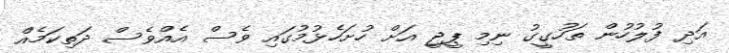
އަދި ފުލުހުން ތަހުގީގު ނިމި ޕީޖީ އަށް ހުށަހެޅުމުގައި ވެސް އެއްވެސް ދަތިކަމެއް